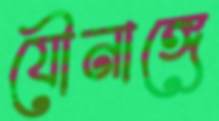
যৌনাঙ্গে